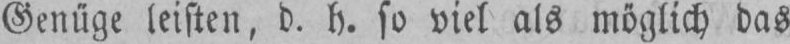
Genüge leisten, d. h. so viel als möglich das